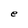
Character: e